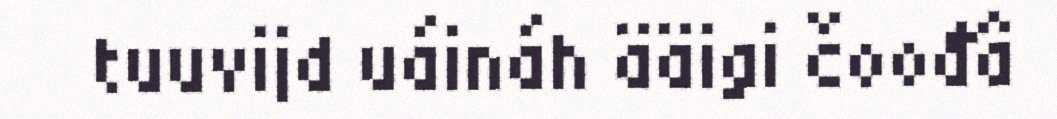
tuuvijd uáináh ääigi čoođâ